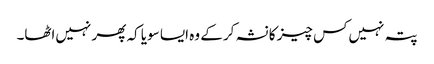
پتہ نہیں‌کس چیز کا نشہ کر کے وہ ایسا سویا کہ پھر نہیں‌اٹھا۔